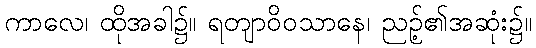
ကာလေ၊ ထိုအခါ၌။ ရတျာဝိဝသာနေ၊ ညဉ့်၏အဆုံး၌။